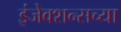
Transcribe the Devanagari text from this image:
इंजेक्शन्सच्या